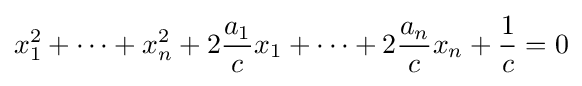
x_{1}^{2}+\cdots +x_{n}^{2}+2{\frac {a_{1}}{c}}x_{1}+\cdots +2{\frac {a_{n}}{c}}x_{n}+{\frac {1}{c}}=0